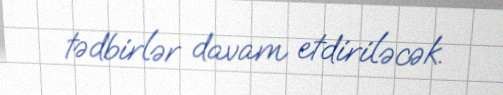
tədbirlər davam etdiriləcək.